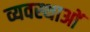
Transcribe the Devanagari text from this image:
व्यवस्थाआें